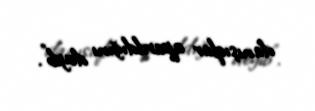
danışıqlar aparıldığını deyib”.